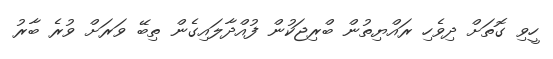
ހީވި ގޮތަށް ދިވެހި ރައްޔިތުން ބްރިޖަކުން ފުއްދާލައިގެން ތިބޭ ވަރަށް ވުރެ ބާރު